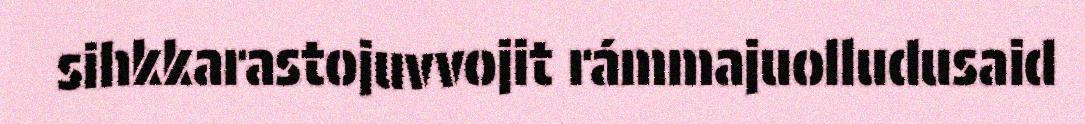
sihkkarastojuvvojit rámmajuolludusaid